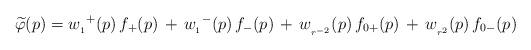
LaTeX: \begin{align*}\widetilde{\varphi}(p) = {w_{{}_1}}^+(p) \, f_+(p) \, + \, {w_{{}_1}}^-(p) \, f_-(p) \,+ \, w_{{}_{r^{-2}}}(p)\, f_{0+}(p)\, + \, w_{{}_{r^2}}(p) \, f_{0-}(p)\end{align*}